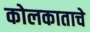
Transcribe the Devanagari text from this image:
कोलकाताचे